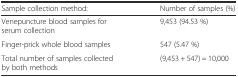
<table><thead><tr><td><b>Sample collection method:</b></td><td><b>Number of samples (%)</b></td></tr></thead><tbody><tr><td>Venepuncture blood samples for serum collection</td><td>9,453 (94.53 %)</td></tr><tr><td>Finger-prick whole blood samples</td><td>547 (5.47 %)</td></tr><tr><td>Total number of samples collected by both methods</td><td>(9,453 + 547) = 10,000</td></tr></tbody></table>